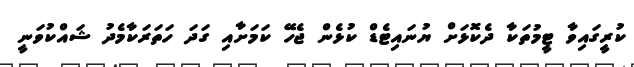
ކުރީގައިވާ ޓީމުތަކާ ދެކޮޅަށް ޔުނައިޓެޑް ކުޅެން ޖެހޭ ކަމަށާއި ގަދަ ހަތަރަކާމެދު ޝައްކުވަނީ